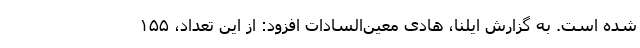
شده است. به گزارش ایلنا، هادی معین‌السادات افزود: از این تعداد، ۱۵۵